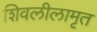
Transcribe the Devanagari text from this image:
शिवलीलामृत